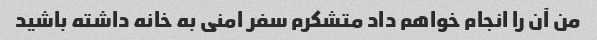
من آن را انجام خواهم داد متشکرم سفر امنی به خانه داشته باشید